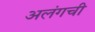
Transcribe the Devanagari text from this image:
अलंगची